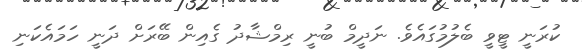
ކުރަނީ ޓީވީ ބެލުމުގައެވެ. ނަދީމް ބުނީ ރިމްޝާދު ގެއިން ބޭރަށް ދަނީ ހަމައެކަނި